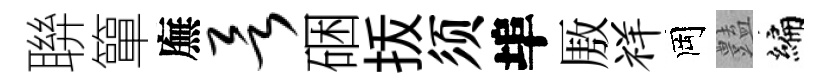
聨簞廡欲硱㧞须埠厫祥岡𧰟编